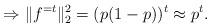
LaTeX: \begin{align*} \Rightarrow \| f^{=t} \|_2^2 = (p(1-p))^t \approx p^t . \end{align*}